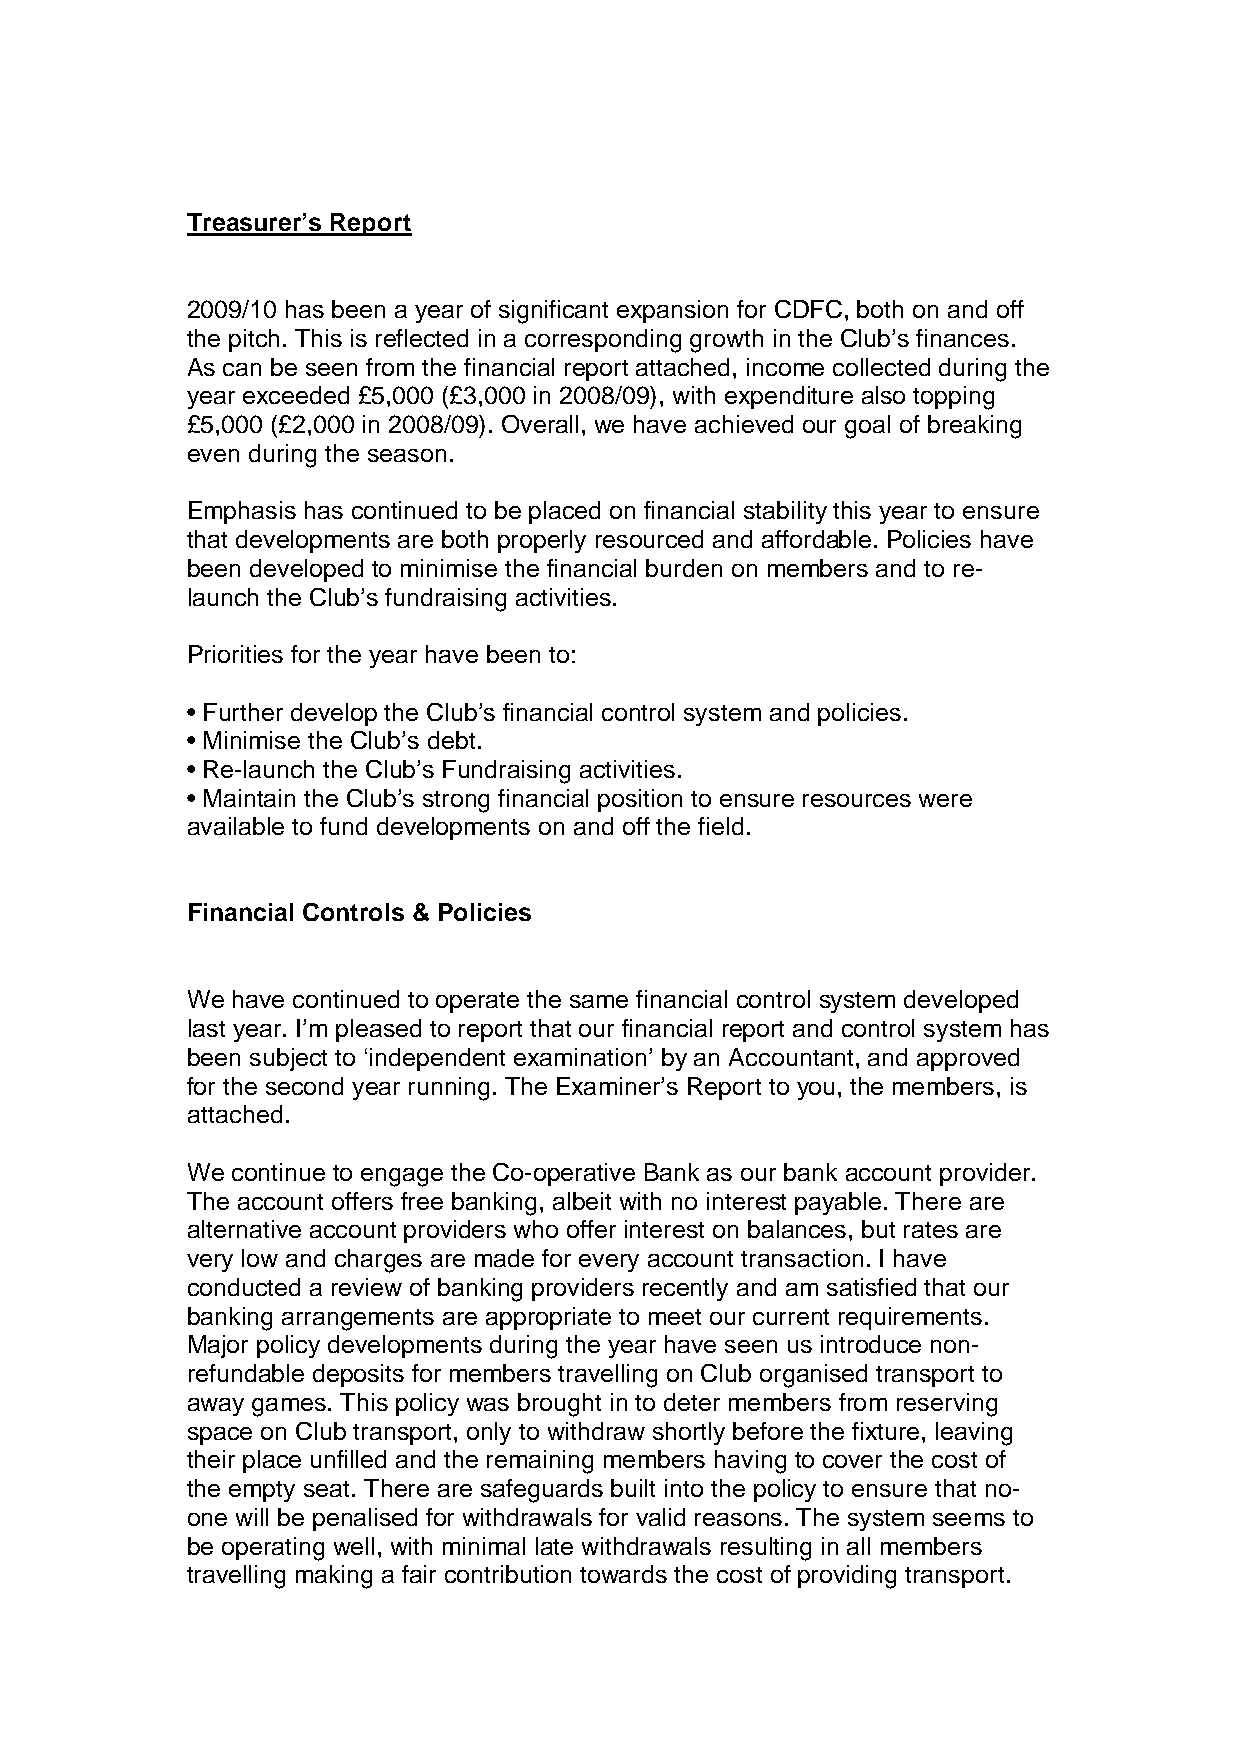
Treasurer’s Report
 2009/10 has been a year of significant expansion for CDFC, both on and off
 the pitch. This is reflected in a corresponding growth in the Club’s finances.
 As can be seen from the financial report attached, income collected during the
 year exceeded £5,000 (£3,000 in 2008/09), with expenditure also topping
 £5,000 (£2,000 in 2008/09). Overall, we have achieved our goal of breaking
 even during the season.
 Emphasis has continued to be placed on financial stability this year to ensure
 that developments are both properly resourced and affordable. Policies have
 been developed to minimise the financial burden on members and to re-
 launch the Club’s fundraising activities.
 Priorities for the year have been to:
 • Further develop the Club’s financial control system and policies.
 • Minimise the Club’s debt.
 • Re-launch the Club’s Fundraising activities.
 • Maintain the Club’s strong financial position to ensure resources were
 available to fund developments on and off the field.
 Financial Controls & Policies
 We have continued to operate the same financial control system developed
 last year. I’m pleased to report that our financial report and control system has
 been subject to ‘independent examination’ by an Accountant, and approved
 for the second year running. The Examiner’s Report to you, the members, is
 attached.
 We continue to engage the Co-operative Bank as our bank account provider.
 The account offers free banking, albeit with no interest payable. There are
 alternative account providers who offer interest on balances, but rates are
 very low and charges are made for every account transaction. I have
 conducted a review of banking providers recently and am satisfied that our
 banking arrangements are appropriate to meet our current requirements.
 Major policy developments during the year have seen us introduce non-
 refundable deposits for members travelling on Club organised transport to
 away games. This policy was brought in to deter members from reserving
 space on Club transport, only to withdraw shortly before the fixture, leaving
 their place unfilled and the remaining members having to cover the cost of
 the empty seat. There are safeguards built into the policy to ensure that no-
 one will be penalised for withdrawals for valid reasons. The system seems to
 be operating well, with minimal late withdrawals resulting in all members
 travelling making a fair contribution towards the cost of providing transport.